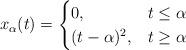
LaTeX: \begin{align*} x_{\alpha}(t)=\begin{cases}0, & t\leq \alpha\\(t-\alpha)^{2}, & t\geq \alpha \end{cases}\end{align*}